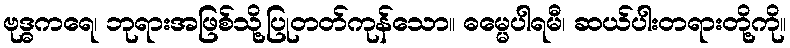
ဗုဒ္ဓကရေ၊ ဘုရားအဖြစ်သို့ပြုတတ်ကုန်သော။ ဓမ္မေပါရမီ၊ ဆယ်ပါးတရားတို့ကို။